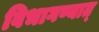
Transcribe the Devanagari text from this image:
विभागण्यात्